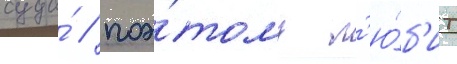
суда́ / поэ́тому л'ю́б'ит